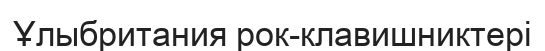
Ұлыбритания рок-клавишниктері